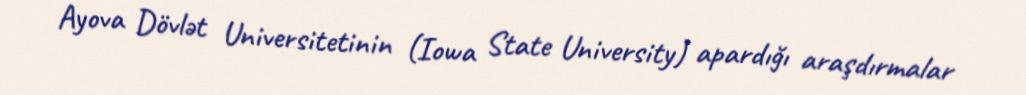
Ayova Dövlət Universitetinin (Iowa State University) apardığı araşdırmalar